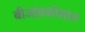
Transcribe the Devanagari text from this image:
बीजांडकोशात